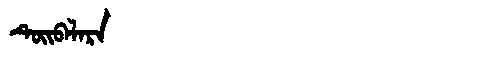
Manchu: ᡨᡠᡳᠪᠠᠯᠠᡵᠠ
Romanization: TUIBALARA